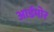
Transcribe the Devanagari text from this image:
आर्डमोर